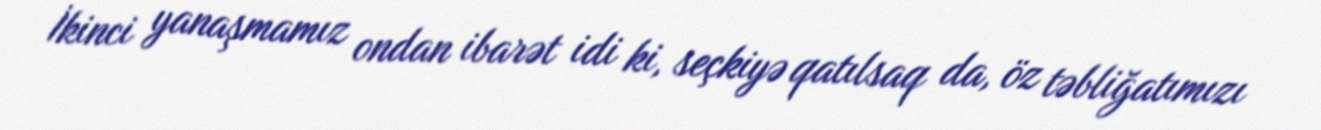
İkinci yanaşmamız ondan ibarət idi ki, seçkiyə qatılsaq da, öz təbliğatımızı